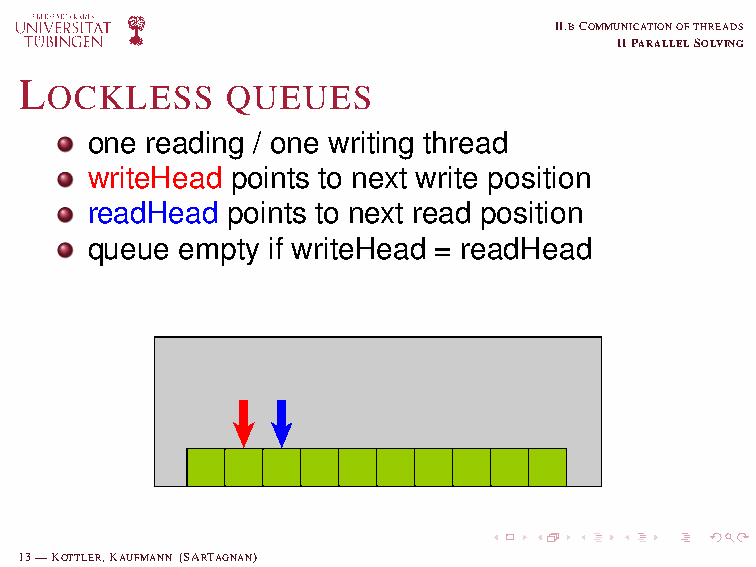
II.BCOMMUNICATIONOFTHREADS
 IIPARALLELSOLVING
 L
 OCKLESS     QUEUES
 one reading / one writing thread
 writeHead points to next write position
 readHead points to next read position
 queue empty if writeHead = readHead
 13—KOTTLER,KAUFMANN (SARTAGNAN)